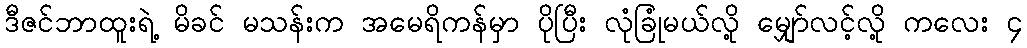
ဒီဇင်ဘာထူးရဲ့ မိခင် မသန်းက အမေရိကန်မှာ ပိုပြီး လုံခြုံမယ်လို့ မျှော်လင့်လို့ ကလေး ၄